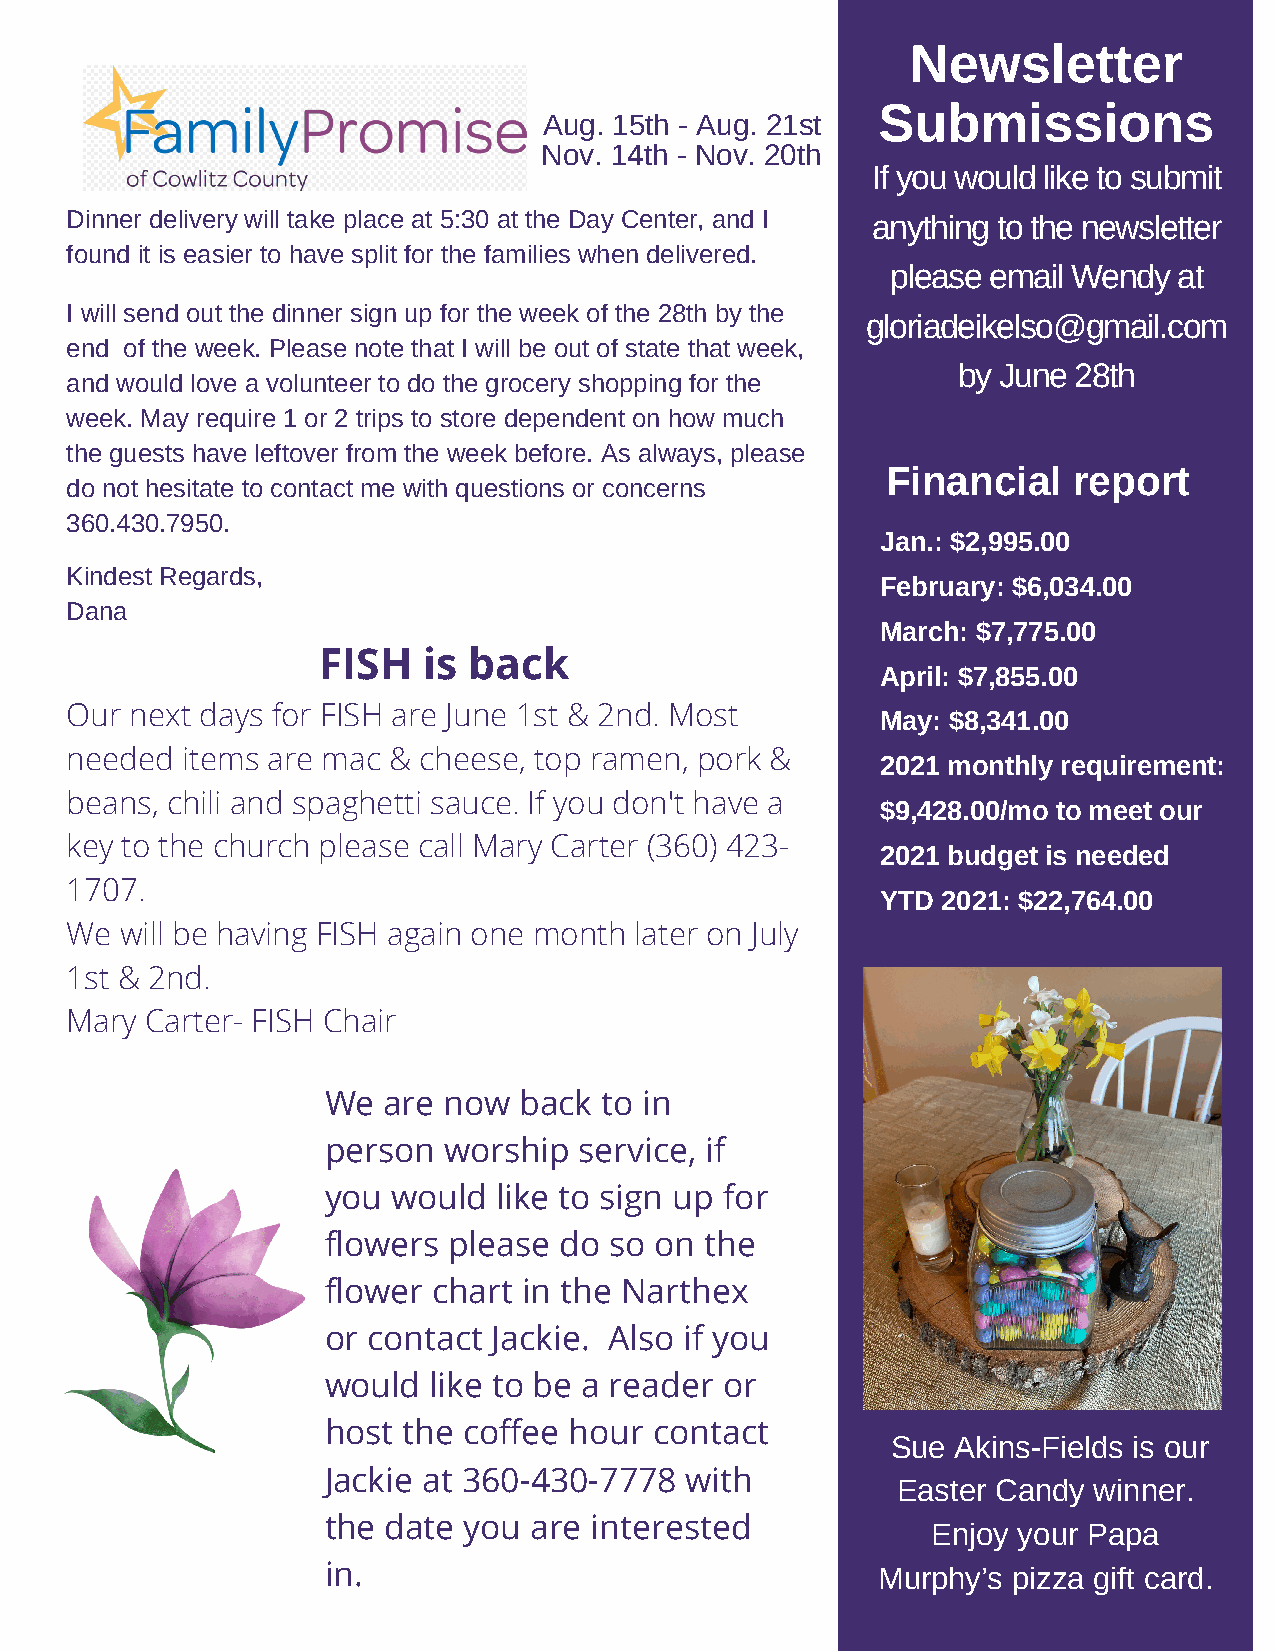
Newsletter
 Submissions
 Aug. 15th - Aug. 21st
 Nov. 14th - Nov. 20th
 If you would like to submit
 Dinner delivery will take place at 5:30 at the Day Center, and I anything to the newsletter
 found it is easier to have split for the families when delivered.
 please email Wendy at
 I will send out the dinner sign up for the week of the 28th by the
 gloriadeikelso@gmail.com
 end of the week. Please note that I will be out of state that week,
 by June 28th
 and would love a volunteer to do the grocery shopping for the
 week. May require 1 or 2 trips to store dependent on how much
 the guests have leftover from the week before. As always, please
 Financial   report
 do not hesitate to contact me with questions or concerns
 360.430.7950.
 Jan.: $2,995.00
 Kindest Regards,
 February: $6,034.00
 Dana
 March: $7,775.00
 FISH   is back
 April: $7,855.00
 Our  next days for FISH are June 1st & 2nd. Most      May: $8,341.00
 needed  items are mac & cheese, top ramen, pork &     2021 monthly requirement:
 beans, chili and spaghetti sauce. If you don't have a
 $9,428.00/mo to meet our
 key to the church please call Mary Carter (360) 423-
 2021 budget is needed
 1707.
 YTD 2021: $22,764.00
 We  will be having FISH again one month later on July
 1st & 2nd.
 Mary  Carter- FISH Chair
 We  are now  back  to in
 person  worship  service, if
 you  would  like to sign up for
 flowers  please do so on  the
 flower  chart in the Narthex
 or contact  Jackie. Also if you
 would  like to be a reader or
 host  the coffee hour contact
 Sue Akins-Fields is our
 Jackie at 360-430-7778  with
 Easter Candy winner.
 the date  you are interested             Enjoy your Papa
 in.                                  Murphy’s pizza gift card.